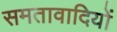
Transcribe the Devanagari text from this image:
समतावादियों